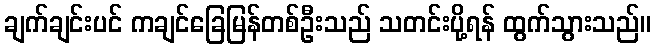
ချက်ချင်းပင် ကချင်ခြေမြန်တစ်ဦးသည် သတင်းပို့ရန် ထွက်သွားသည်။